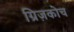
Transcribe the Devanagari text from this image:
ग्रिज़कोच